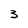
Character: 3